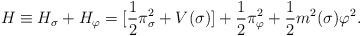
LaTeX: \begin{align*}H \equiv H_\sigma + H_\varphi = [ \frac{1}{2} \pi^2_\sigma + V(\sigma)] +\frac{1}{2} \pi^2_\varphi + \frac{1}{2} m^2(\sigma)\varphi^2 .\end{align*}